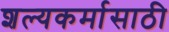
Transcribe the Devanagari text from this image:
शल्यकर्मासाठी